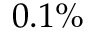
0 . 1 \%